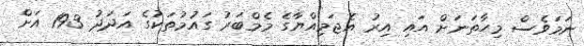
ނަމަވެސް މިހާތަނަށް އައި އިރު އެޖަމިއްޔާގެ މެމްބަރު ގައުމުތަކުގެ އަދަދު 193 އަށް